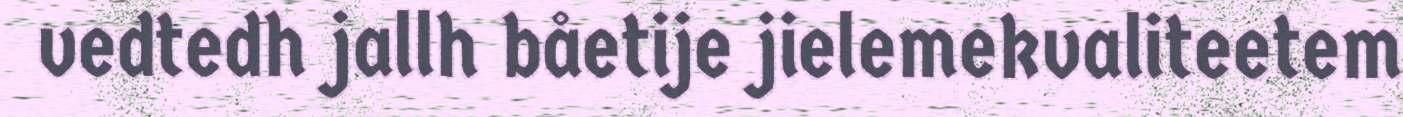
vedtedh jallh båetije jielemekvaliteetem